Civil Veterinary Department Bengal reports 1923-33 - 1923-1933
Year: 1923
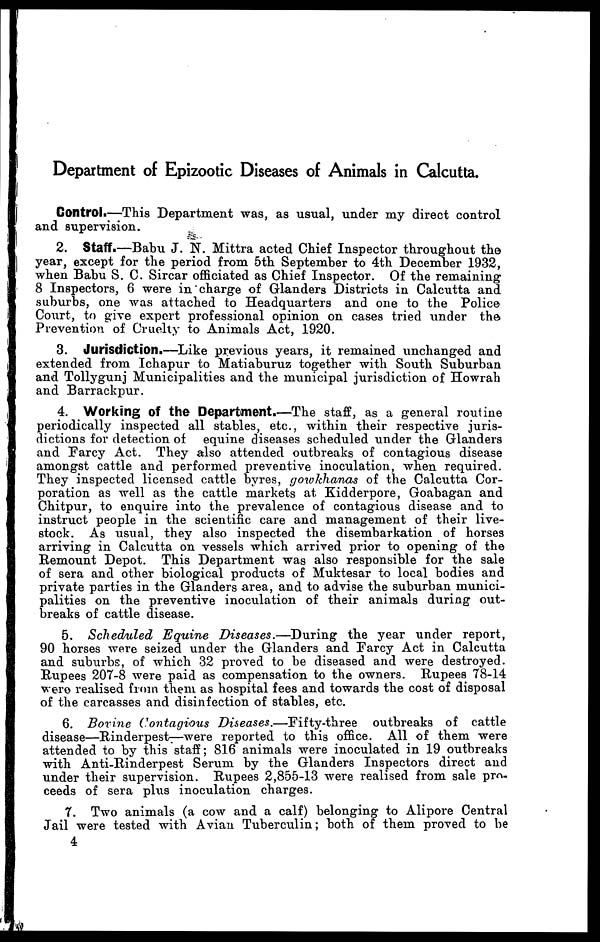
Department of Epizootic Diseases of Animals in Calcutta.
Control.—This Department was, as usual, under my direct control
and supervision.
2. Staff.—Babu J. N. Mittra acted Chief Inspector throughout the
year, except for the period from 5th September to 4th December 1932,
when Babu S. C. Sircar officiated as Chief Inspector. Of the remaining
8 Inspectors, 6 were in charge of Glanders Districts in Calcutta and
suburbs, one was attached to Headquarters and one to the Police
Court, to give expert professional opinion on cases tried under the
Prevention of Cruelty to Animals Act, 1920.
3. Jurisdiction.—Like previous years, it remained unchanged and
extended from Ichapur to Matiaburuz together with South Suburban
and Tollygunj Municipalities and the municipal jurisdiction of Howrah
and Barrackpur.
4. Working of the Department.—The staff, as a general routine
periodically inspected all stables, etc., within their respective juris-
dictions for detection of equine diseases scheduled under the Glanders
and Farcy Act. They also attended outbreaks of contagious disease
amongst cattle and performed preventive inoculation, when required.
They inspected licensed cattle byres, gowkhanas of the Calcutta Cor-
poration as well as the cattle markets at Kidderpore, Goabagan and
Chitpur, to enquire into the prevalence of contagious disease and to
instruct people in the scientific care and management of their live-
stock. As usual, they also inspected the disembarkation of horses
arriving in Calcutta on vessels which arrived prior to opening of the
Remount Depot. This Department was also responsible for the sale
of sera and other biological products of Muktesar to local bodies and
private parties in the Glanders area, and to advise the suburban munici-
palities on the preventive inoculation of their animals during out-
breaks of cattle disease.
5. Scheduled Equine Diseases.—During
the year under report,
90 horses were seized under the Glanders and Farcy Act in Calcutta
and suburbs, of which 32 proved to be diseased and were destroyed.
Rupees 207-8 were paid as compensation to the owners. Rupees 78-14
were realised from them as hospital fees and towards the cost of disposal
of the carcasses and disinfection of stables, etc.
6. Bovine Contagious Diseases.—Fifty-three
outbreaks of cattle
disease—Rinderpest—were reported to this office. All of them were
attended to by this staff; 816 animals were inoculated in 19 outbreaks
with Anti-Rinderpest Serum by the Glanders Inspectors direct and
under their supervision. Rupees 2,855-13 were realised from sale pro-
ceeds of sera plus inoculation charges.
7. Two animals (a cow and a calf) belonging to Alipore Central
Jail were tested with Avian Tuberculin; both of them proved to be